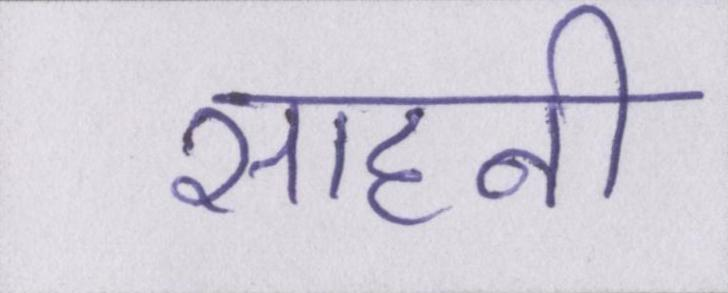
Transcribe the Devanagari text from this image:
साहनी